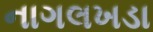
નાગલખડા